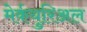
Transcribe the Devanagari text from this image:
मेर्कयुरिअल